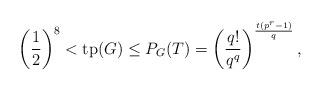
LaTeX: \begin{align*} \left(\frac{1}{2}\right)^8 < \mathrm{tp}(G) \leq P_G(T) = \left(\frac{q!}{q^q}\right)^{\frac{t(p^r-1)}{q}}, \end{align*}